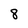
Character: 8